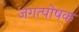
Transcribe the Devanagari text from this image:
जगत्पोषक